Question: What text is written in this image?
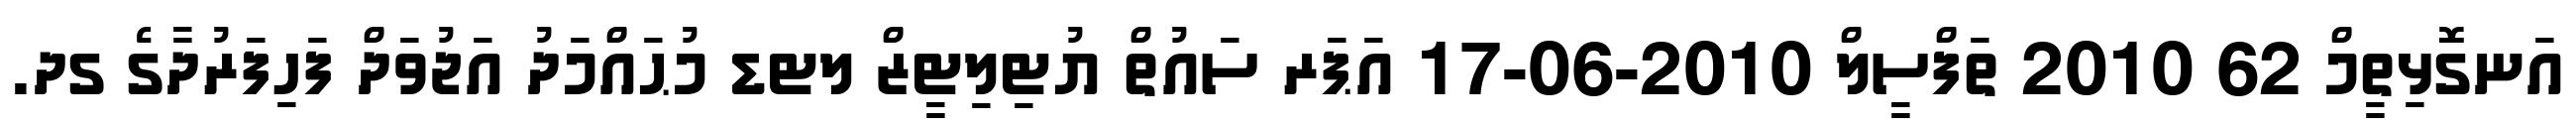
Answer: އަނގޮޅިތީމް 62 2010 ތަފްސީލް 2010-06-17 އަޕަރ ސައުތް ޔުޓިލިޓީޒް ލޓޑ މުޙައްމަދު އަޖުވަދް ފަހިފަރުދާގެ ގދ.